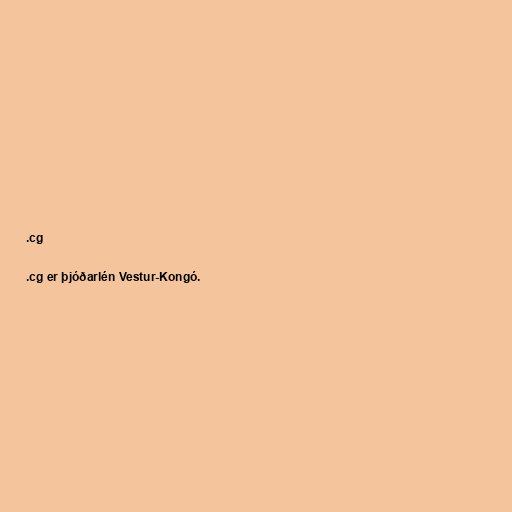
.cg

.cg er þjóðarlén Vestur-Kongó.